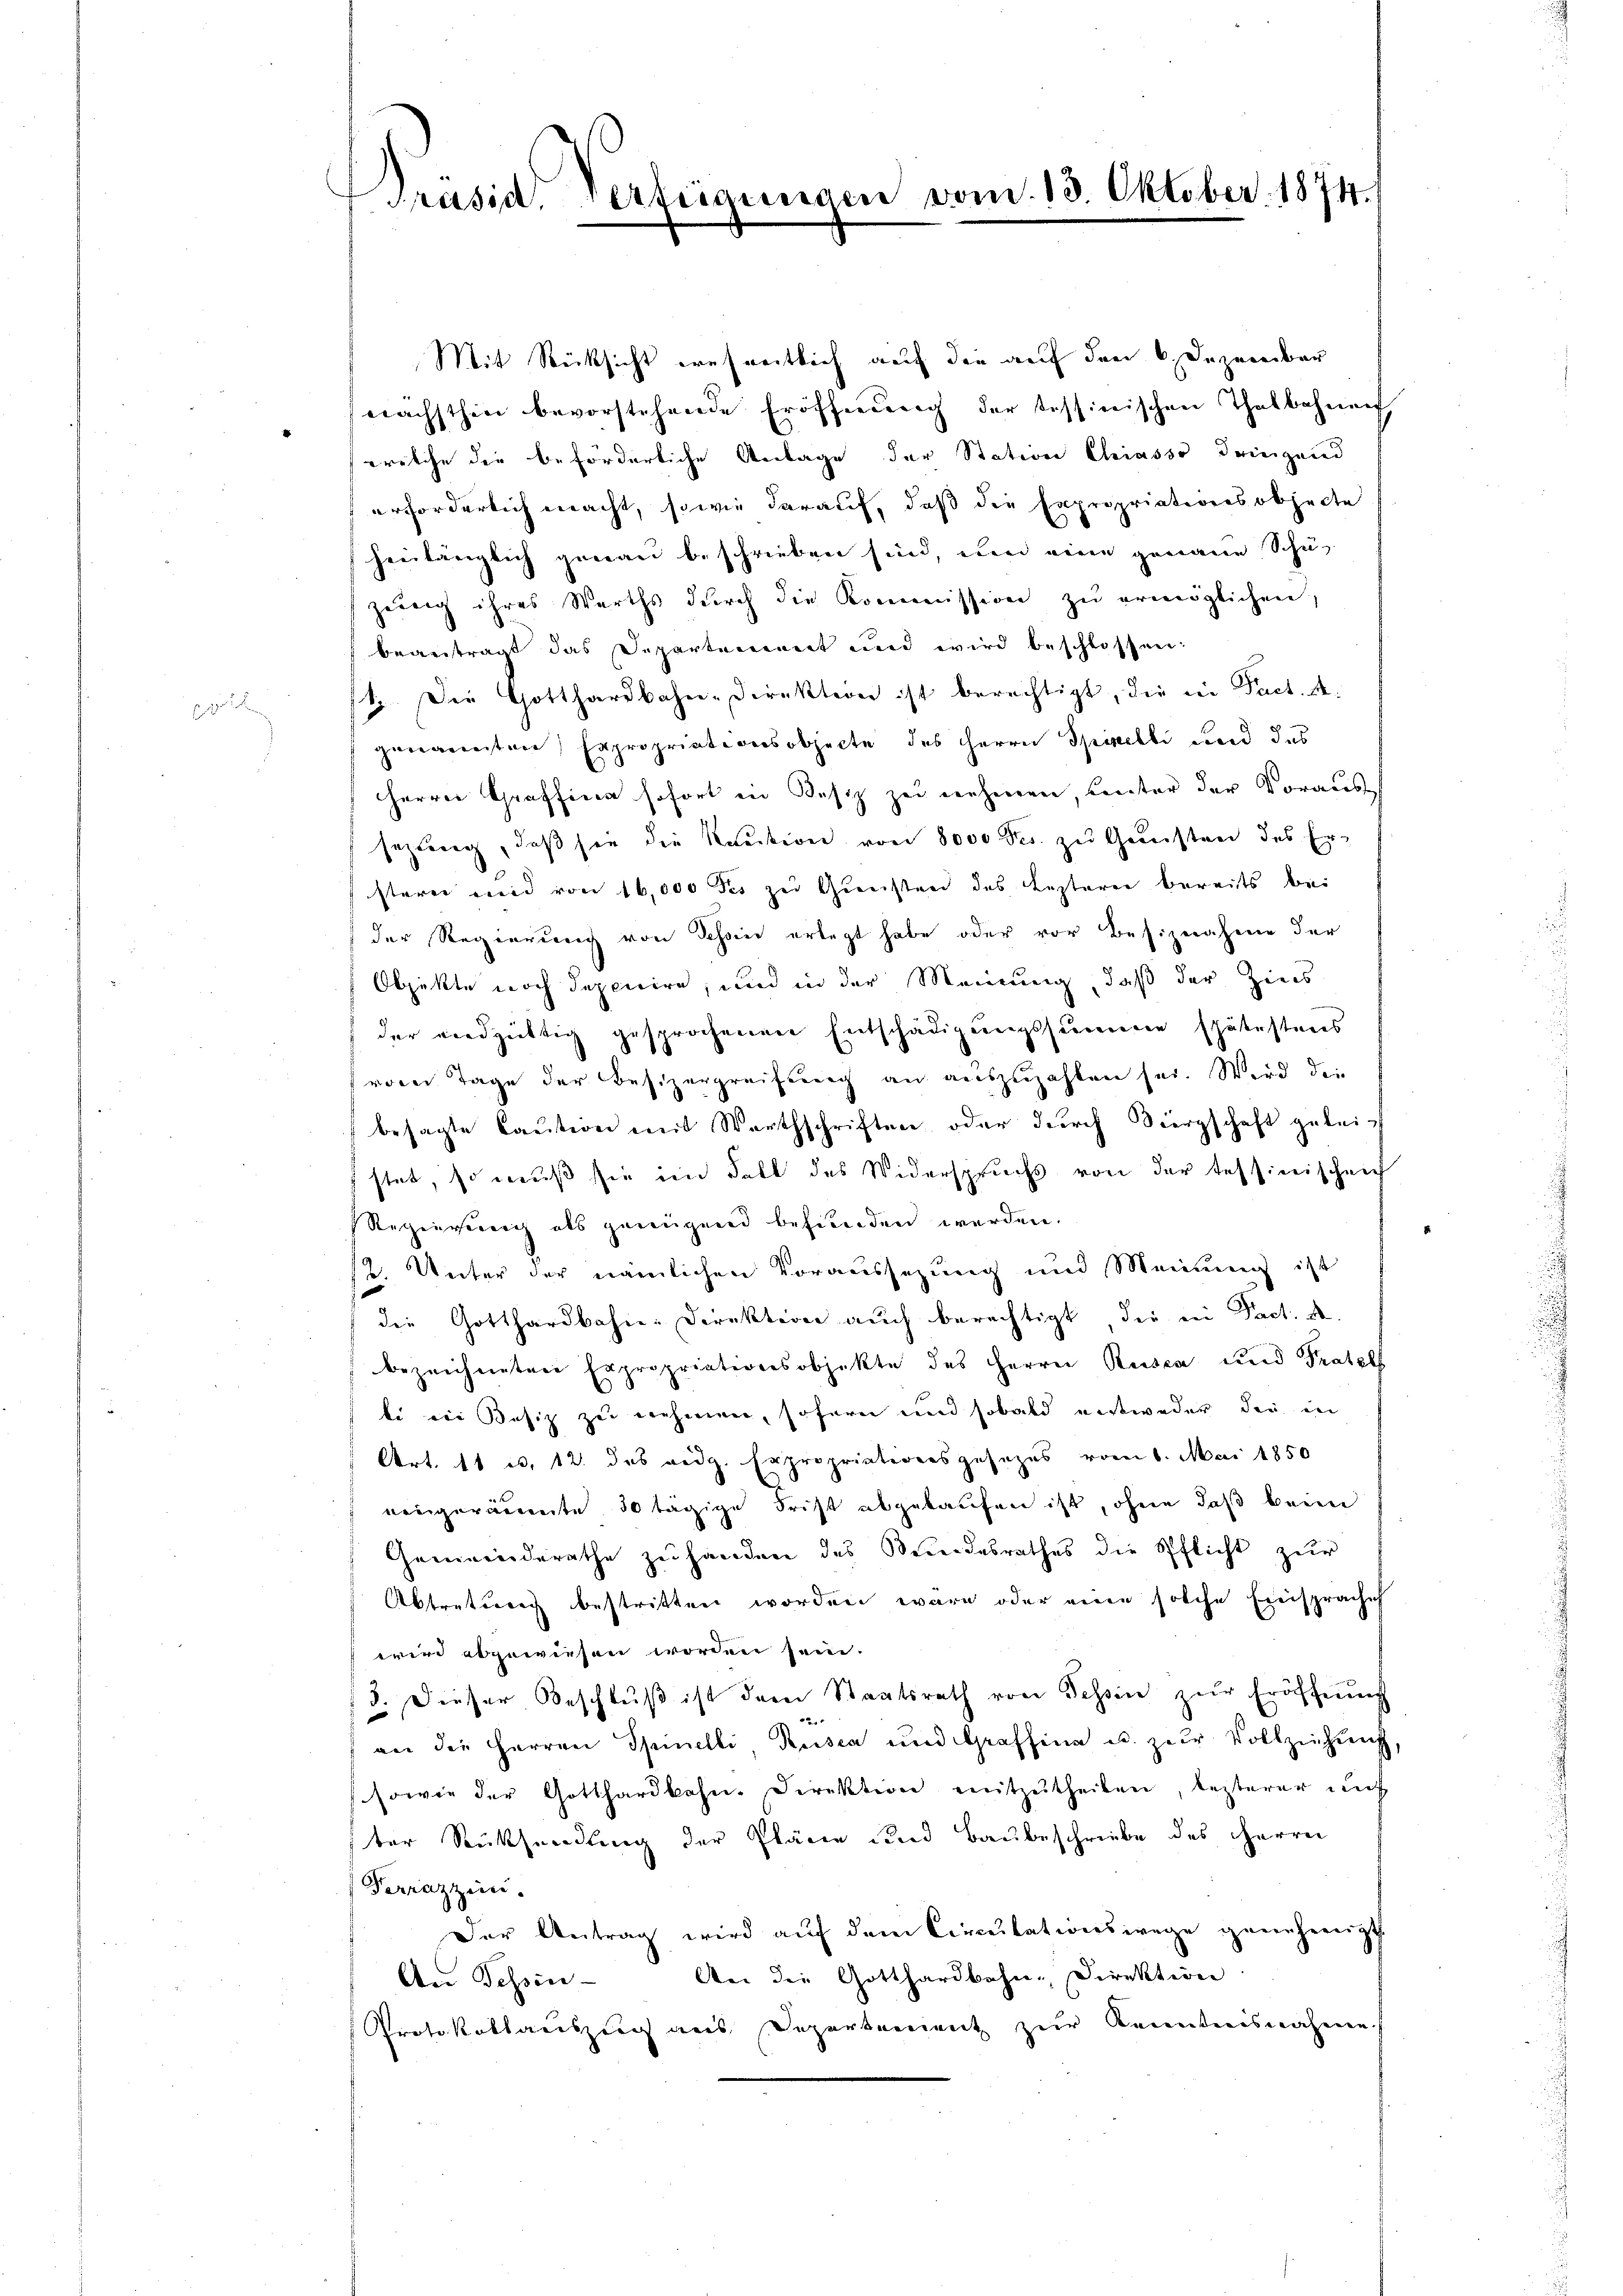
Präsid. Verfügungen

vom 13. Oktober. 1874.

Mit Rücksicht ernseitlich auf die auf den 6. Dezereiber
nächsthin bevorstehende Eröffnung der tessinischen Thatbahnen,
welche die beforderliche Antage der Station Chiasso dringend
erforderlich macht, sowie darauf, daß die Expropriationsobjecte
heelänglich genau beschrieben sind, und eine genaue Schu
zenig ihres Werths dŭrch die Kommission zŭ ermöglichen,
beantragt das Departement und wird beschlossen:
1. Die Gotthardbahn-Direktion ist berechtigt, die in Fact. A.
genannten Expropriationsobjecte des Herrn Spinelli und das
Herren Graffina sofort in Besiz zu nehmen, Kenter der Voraus
sezung, daß sie die Kaution von 8000 Fr. zu Gunsten des Ersterer und von 16,000 des zu Gunstand des Lezterer bereits bei
der Regierung von Schon erlegt habe oder vor Besiznahme der
Objekte noch depeicire, und in der Meinung, daß der Ziers
der verdgültig gesprochenen Entschädigungssumme spätestens
(vom Tage der Besizergreifung an auszuzahlen sei. Wird die
besagte Caution mit Warthschriften oder durch Bürgschaft geleist
stet, so muß sie im Fall des Widerspruchs von der Tessinischen
Regierung als genügend befunden werden.
12. Unter der nämlichen Voraussezung und Meinung ist
die Gotthardbahne Direktion auch berechtigt, die ein Fact. A.
bezeichneten Expropriationsobjekte des Herrn Rusza und Pratelf
bi von Besiz zu nehmen, sofern und sobald erstweder der in
Art. 11 u. 12. das eidg. Erpropriationsgesezes vom 6. Mai 1850
nengeräumte 30 tägige Frist abgekaufen ist, ohne daß beim
Gemeinderathe zu handen des Bundesrathes die Pflicht zur
prache
Abtretung bestritten worden wäre oder eine solche Erich
wird abgewiesen worden sein.
3. Dieser Beschlŭβ ist dem Staatsrath von Tessin zŭr Eröffnung
2
an die Herren Spinelli, Rusca und Graffina u. zur Vollziehung,
sowie der Gotthardbahn. Direktion mitzutheilen, lezterer auf
ster Rücksendung der Pläne und Baubeschriebe des Herrn
Ferrazzini.
Der Antrag wird auf dem Circulationswege genehmigt.
An die Gotthardbahn-Direktion
An Tessin
Protokollauszug aus Departement zur Kenntnisnahme.